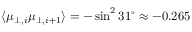
\langle \mu _ { \perp , i } \mu _ { \perp , i + 1 } \rangle = - \sin ^ { 2 } 3 1 ^ { \circ } \approx - 0 . 2 6 5